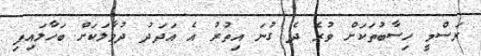
ރަސްމީ ހިސާބުތަކަށް ވުރެ ދެ ގުނަ އިތުރު އެ އަދަދު ދުވާލަކަށް ބަހާލައިފި